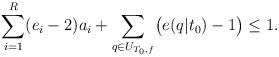
LaTeX: \begin{align*}\sum_{i=1}^R(e_i-2)a_i + \sum_{q\in U_{T_0,f}}\bigl(e(q|t_0)-1\bigr) \leq 1.\end{align*}